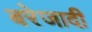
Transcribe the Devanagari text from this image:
बरेजादी